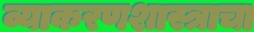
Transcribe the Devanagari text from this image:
व्याकरणशास्त्राचा